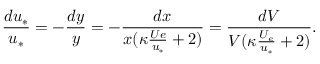
\frac { d u _ { * } } { u _ { * } } = - \frac { d y } { y } = - \frac { d x } { x ( \kappa \frac { U e } { u _ { * } } + 2 ) } = \frac { d V } { V ( \kappa \frac { U _ { e } } { u _ { * } } + 2 ) } .